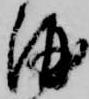
酒